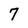
Character: 7